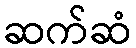
ဆက်ဆံ